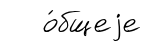
о́бщеjе